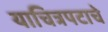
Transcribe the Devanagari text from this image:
याचित्रपटाचे